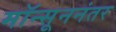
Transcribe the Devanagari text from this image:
मॉन्सूननंतर